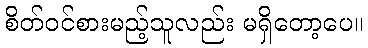
စိတ်ဝင်စားမည့်သူလည်း မရှိတော့ပေ။